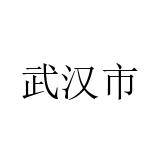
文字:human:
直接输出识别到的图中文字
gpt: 武汉市